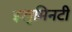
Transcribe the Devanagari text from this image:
इलुमिनटी